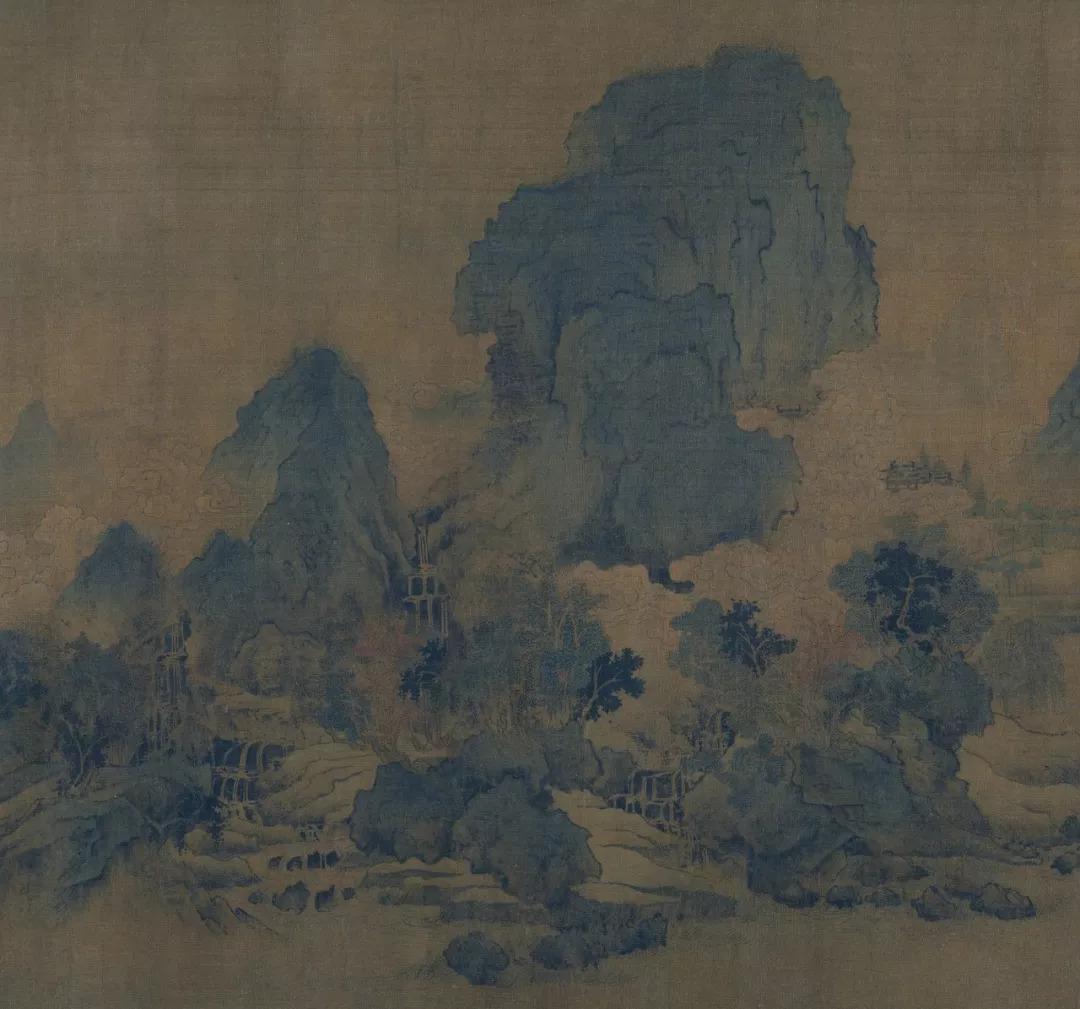
寒沙四面平，飞雪千里惊。